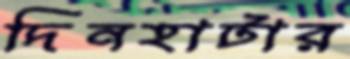
দিনহাটার